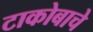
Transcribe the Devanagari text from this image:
टाकोबाचे